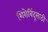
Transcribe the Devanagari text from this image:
शिरोबिंदूसाठी